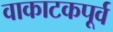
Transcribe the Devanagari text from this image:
वाकाटकपूर्व